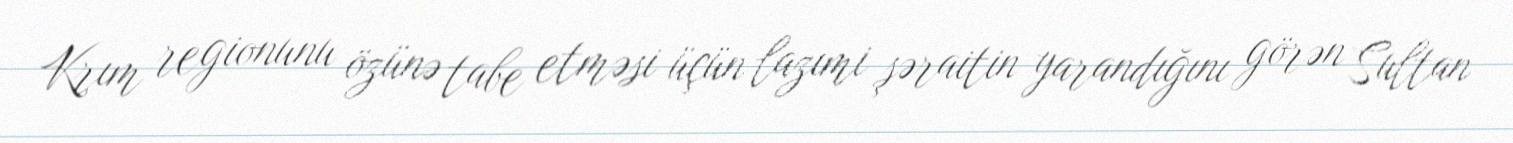
Krım regionunu özünə tabe etməsi üçün lazımi şəraitin yarandığını görən Sultan